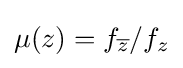
\mu (z)=f_{\overline {z}}/f_{z}